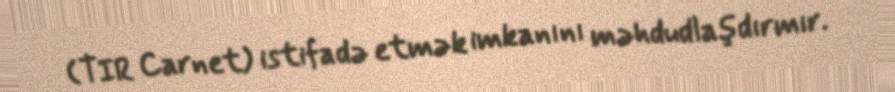
(TIR Carnet) istifadə etmək imkanını məhdudlaşdırmır.